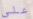
علي